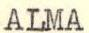
ALMA